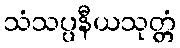
သံသပ္ပနီယသုတ္တံ